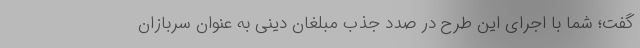
گفت؛ شما با اجرای این طرح در صدد جذب مبلغان دینی به عنوان سربازان